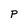
Character: P